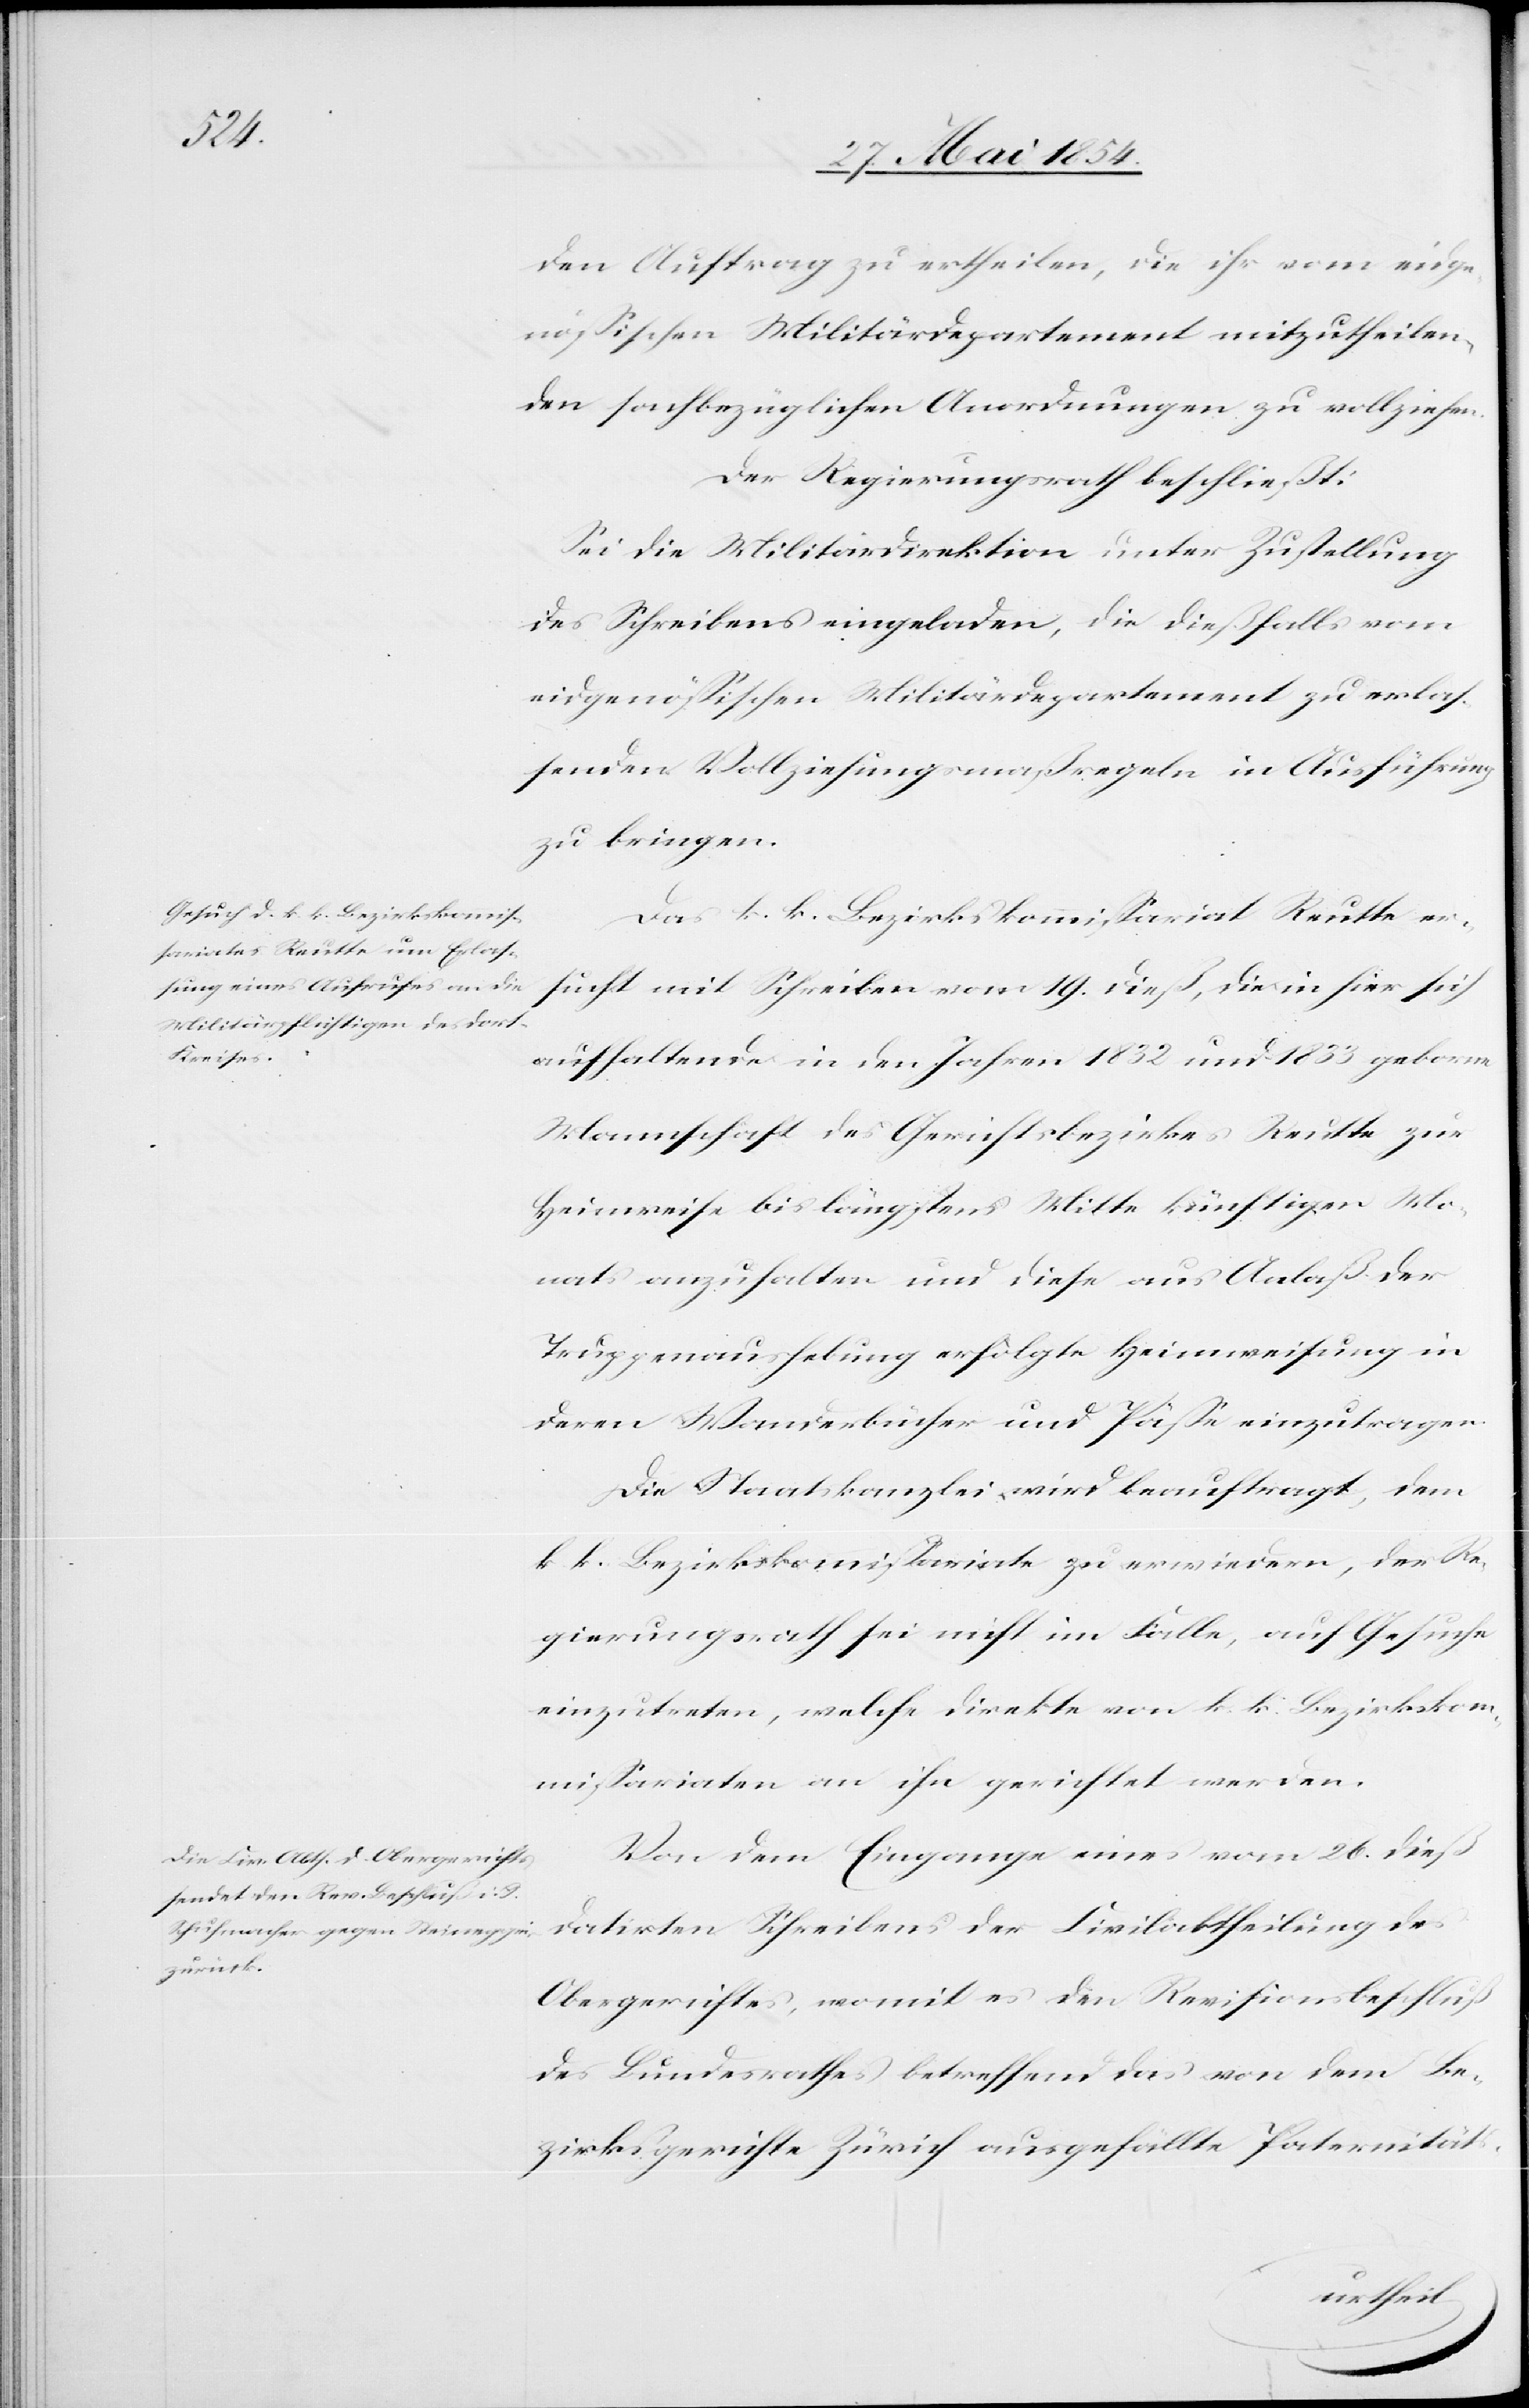
des
den Auftrag zu ertheilen, die ihr vom eidge¬
nößischen Militärdepartement mitzutheilen,
den sachbezüglichen Anordnungen zu vollziehen.
Der Regierungsrath beschließt:
Sei die Militärdirektion unter Zustellung
des Schreibens eingeladen, die dießfalls vom
eidgenößischen Militärdepartement zu erla¬
ßenden Vollziehungsmaßregeln in Ausführung
zu bringen.
Das k. k. Bezirskommißariat Reutte er¬
sucht mit Schreiben vom 19. dieß, die in hier sich
Schreibens
aufhaltende in den Jahren 1832 und 1833 geborne
Mannschaft des Gerichtsbezirkes Reutte zur
Heimreise bis längstens Mitte künftigen Mo¬
nats anzuhalten und diese aus Anlaß der
Truppenaushebung erfolgte Heimweisung in
deren Wanderbücher und Päße einzutragen.
Die Staatskanzlei wird beauftragt, dem
k. k. Bezirkskommißariate zu erwiedern, der Re¬
gierungsrath sei nicht im Falle, auf Gesuche
einzutreten, welche direkte von k. k. Bezirkskom¬
mißariaten an ihn gerichtet werden.
Von dem Eingange eines vom 26. dieß
Obergerichtes, womit es den Revisionsbeschluß
des Bundesrathes betreffend das von dem Be¬
zirksgerichte Zürich ausgefällte Paternitäts-
datirten